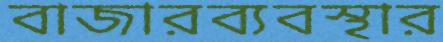
বাজারব্যবস্থার